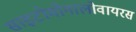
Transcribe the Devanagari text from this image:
साइटोमोगालोवायरस